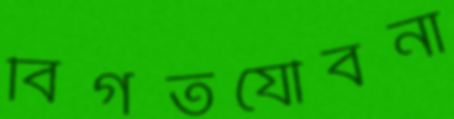
বিগতযৌবনা